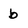
Character: b